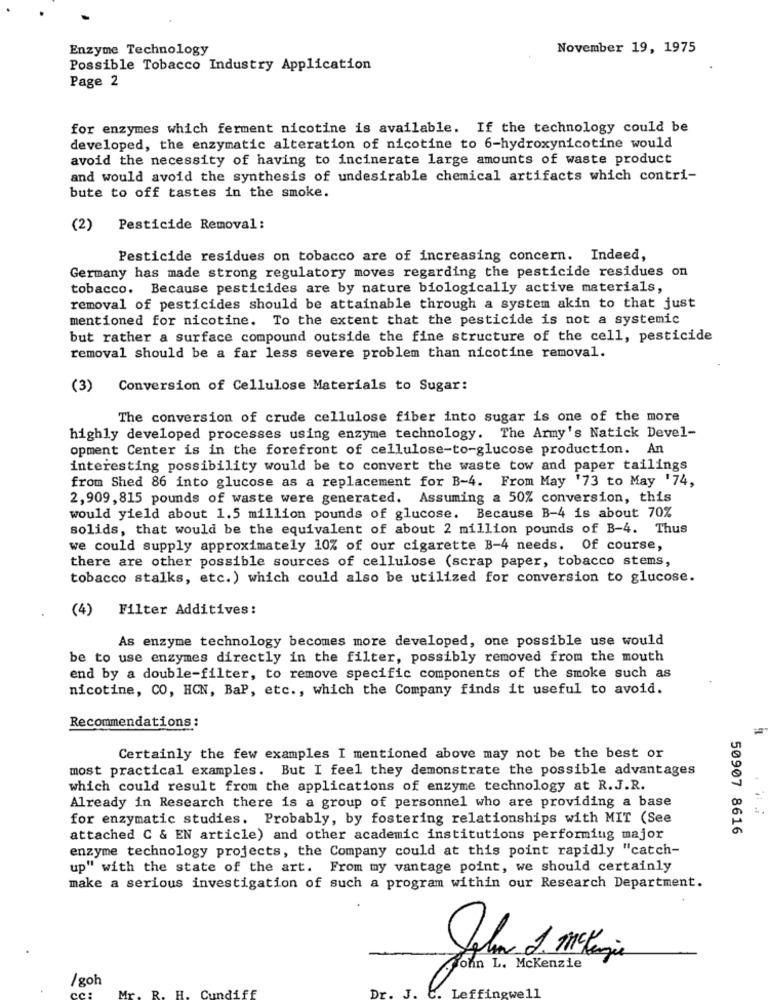
Enzyme Technology
November 19, 1975
Possible Tobacco Industry Application
Page 2
for enzymes which ferment nicotine is available. If the technology could be
developed, the enzymatic alteration of nicotine to 6-hydroxynicotine would
avoid the necessity of having to incinerate large amounts of waste product
and would avoid the synthesis of undesirable chemical artifacts which contri-
bute to off tastes in the smoke.
(2) Pesticide Removal:
Pesticide residues on tobacco are of increasing concern. Indeed,
Germany has made strong regulatory moves regarding the pesticide residues on
tobacco. Because pesticides are by nature biologically active materials,
removal of pesticides should be attainable through a system akin to that just
mentioned for nicotine. To the extent that the pesticide is not a systemic
but rather a surface compound outside the fine structure of the cell, pesticide
removal should be a far less severe problem than nicotine removal.
(3) Conversion of Cellulose Materials to Sugar:
The conversion of crude cellulose fiber into sugar is one of the more
highly developed processes using enzyme technology. The Army's Natick Devel-
opment Center is in the forefront of cellulose-to-glucose production. An
interesting possibility would be to convert the waste tow and paper tailings
from Shed 86 into glucose as a replacement for B-4. From May '73 to May '74,
2,909,815 pounds of waste were generated. Assuming a 50% conversion, this
would yield about 1.5 million pounds of glucose. Because B-4 is about 70%
solids, that would be the equivalent of about 2 million pounds of B-4. Thus
we could supply approximately 10% of our cigarette B-4 needs. Of course,
there are other possible sources of cellulose (scrap paper, tobacco stems,
tobacco stalks, etc.) which could also be utilized for conversion to glucose.
(4) Filter Additives:
As enzyme technology becomes more developed, one possible use would
be to use enzymes directly in the filter, possibly removed from the mouth
end by a double-filter, to remove specific components of the smoke such as
nicotine, CO, HON, BaP, etc ., which the Company finds it useful to avoid.
Recommendations :
Certainly the few examples I mentioned above may not be the best or
most practical examples. But I feel they demonstrate the possible advantages
which could result from the applications of enzyme technology at R.J.R.
Already in Research there is a group of personnel who are providing a base
for enzymatic studies. Probably, by fostering relationships with MIT (See
attached C & EN article) and other academic institutions performing major
50907 8616
enzyme technology projects, the Company could at this point rapidly "catch-
up" with the state of the art. From my vantage point, we should certainly
make a serious investigation of such a program within our Research Department.
Kohn L. Mckenzie
/goh
R.
diff
effingwell